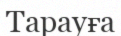
Тарауға